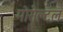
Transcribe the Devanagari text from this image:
मोसेल्टल